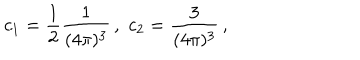
LaTeX: c _ { 1 } = \frac { 1 } { 2 } \frac { 1 } { ( 4 \pi ) ^ { 3 } } \, , \, \, c _ { 2 } = \frac { 3 } { ( 4 \pi ) ^ { 3 } } \, ,